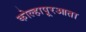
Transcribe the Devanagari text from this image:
कोल्हापूरआता